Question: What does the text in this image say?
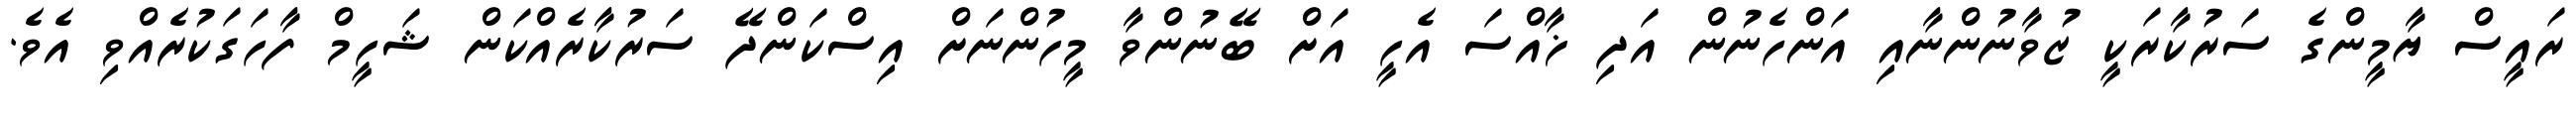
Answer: ރައީސް ޔާމީންގެ ސަރުކާރަކީ ޒުވާނުންނާއި އަންހެނުން އަދި ޚާއްސަ އެހީ އަށް ބޭނުންވާ މީހުންނަށް އިސްކަންދޭ ސަރުކާރެއްކަން ޝަހީމް ފާހަގަކުރެއްވި އެވެ.